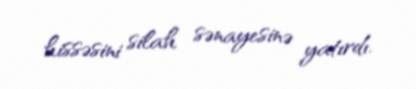
hissəsini silah sənayesinə yatırdı.